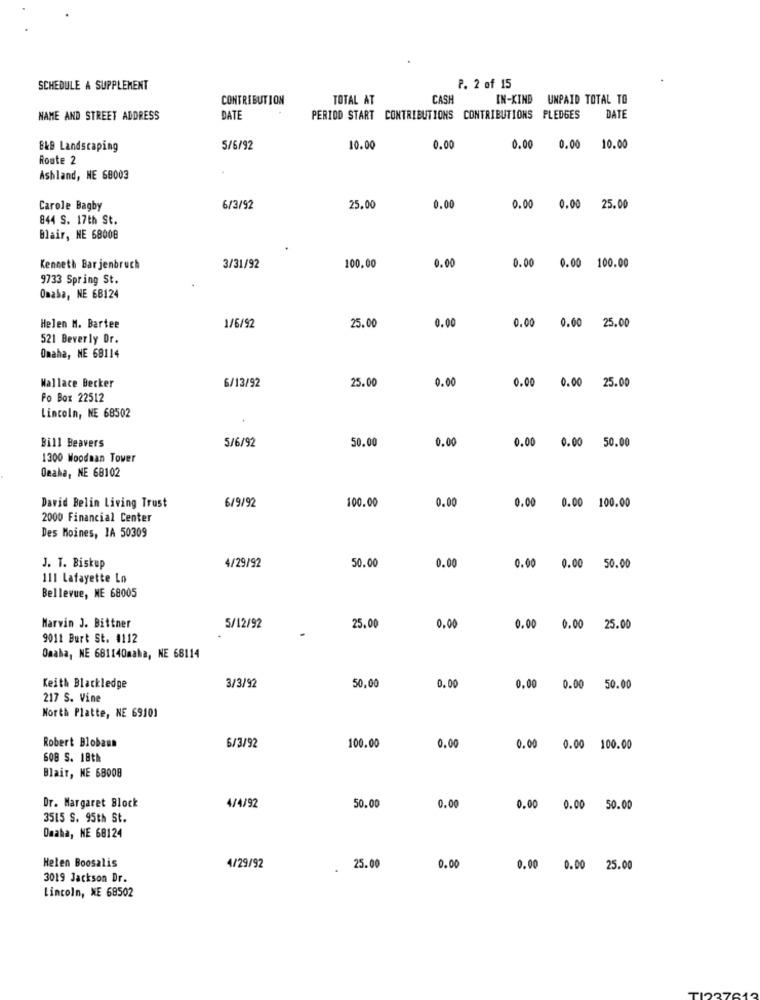
SCHEDULE A SUPPLEMENT
P. 2 of 15
CONTRIBUTION
TOTAL AT
CASH
IN-KIND UNPAID TOTAL TO
NAME AND STREET ADDRESS
DATE
PERIOD START CONTRIBUTIONS CONTRIBUTIONS PLEDGES
DATE
B&B Landscaping
5/6/92
10.00
0.00
0.00
0.00 10.00
Route 2
Ashland, NE 68003
Carole Bagby
6/3/92
25.00
0.00
0.00
0.00 25.00
844 S. 17th St.
Blair, NE 68008
Kenneth Bar jenbruch
3/31/92
100.00
0.00
0.00 0.00 100.00
9733 Spring St.
Omaha, NE 68124
Helen M. Bartee
1/6/92
25.00
0.00
0.00 (
0.00 25.00
521 Beverly Dr.
Omaha, NE 68114
0.00
Wallace Becker
6/13/92
25.00
0.00
0.00 25.00
Po Box 22512
Lincoln, NE 68502
5/6/92
50.00
0.00
Bill Beavers
0.00 0.00 50.00
1300 Woodman Tover
Deaha, NE 68102
6/9/92
100.00
David Belin Living Trust
0.00
0.00 0.00 100.00
2000 Financial Center
Des Moines, 1A 50309
J. T. Biskup
50.00
4/29/92
0.00
0.00 0.00 50.00
111 Lafayette Lo
Bellevue, NE 68005
Marvin J. Bittner
5/12/92
25.00
0.00
0.00 0.00 25.00
9011 Burt St. #112
Omaha, NE 681140maha, NE 68114
Keith Blackledge
3/3/92
50,00
0.00
0.00 0.00 50.00
217 S. Vine
North Platte, NE 69101
Robert Blobaun
6/3/92
100.00
0.00
0.00 0.00 100.00
608 S. 18th
Blair, NE 68008
Dr. Margaret Block
4/4/92
50.00
0.00
0.00 0.00 50.00
3515 S. 95th St.
Omaha, NE 68124
Helen Boosalis
4/29/92
25.00
0.00
0.00 0.00 25.00
3019 Jackson Dr.
Lincoln, NE 68502